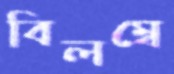
বিলম্বে